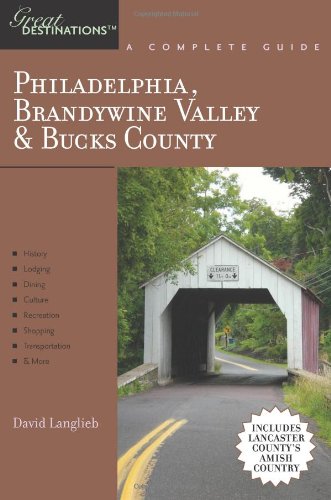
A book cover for Explorer's Guide Philadelphia, Brandywine Valley & Bucks County: A Great Destination: Includes Lancaster County's Amish Country (Explorer's Great Destinations); David Langlieb; Travel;